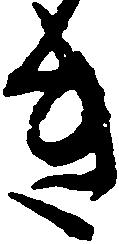
き